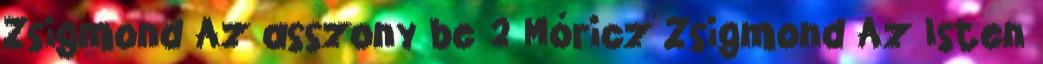
Zsigmond Az asszony be 2 Móricz Zsigmond Az Isten